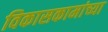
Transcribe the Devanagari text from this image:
विकासकामांच्या